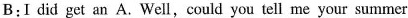
B:I did get an A. Well, could you tell me your summer